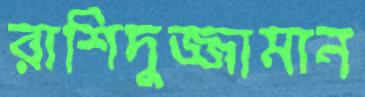
রাশিদুজ্জামান